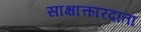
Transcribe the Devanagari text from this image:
साक्षात्कारदाता